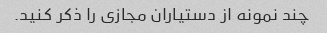
چند نمونه از دستیاران مجازی را ذکر کنید.